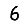
Digit: 6